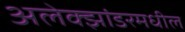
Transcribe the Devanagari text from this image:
अलेक्झांडरमधील